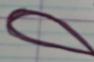
Signature authenticity: forged